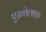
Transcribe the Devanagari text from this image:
एख़्तेलाफ़